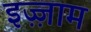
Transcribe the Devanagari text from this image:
इज़्ज़ाम